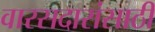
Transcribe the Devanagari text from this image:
वारसदारांसाठी